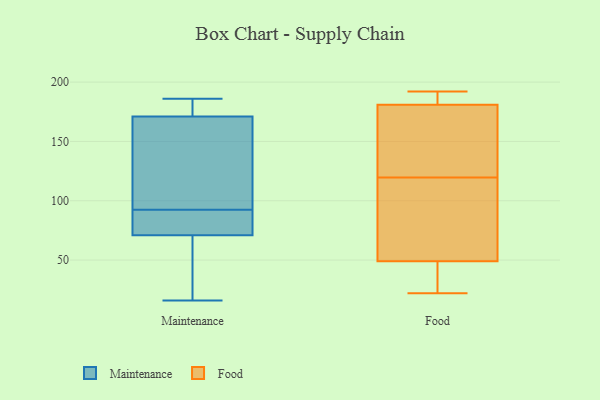
{"axis": {"x": "LTV (USD)", "y": "Value"}, "legend": ["Food", "Maintenance"], "data": [{"x": "", "y": 186, "type": "Maintenance"}, {"x": "", "y": 37, "type": "Maintenance"}, {"x": "", "y": 16, "type": "Maintenance"}, {"x": "", "y": 95, "type": "Maintenance"}, {"x": "", "y": 86, "type": "Maintenance"}, {"x": "", "y": 174, "type": "Maintenance"}, {"x": "", "y": 159, "type": "Maintenance"}, {"x": "", "y": 171, "type": "Maintenance"}, {"x": "", "y": 71, "type": "Maintenance"}, {"x": "", "y": 90, "type": "Maintenance"}, {"x": "", "y": 154, "type": "Food"}, {"x": "", "y": 49, "type": "Food"}, {"x": "", "y": 29, "type": "Food"}, {"x": "", "y": 192, "type": "Food"}, {"x": "", "y": 108, "type": "Food"}, {"x": "", "y": 22, "type": "Food"}, {"x": "", "y": 181, "type": "Food"}, {"x": "", "y": 125, "type": "Food"}, {"x": "", "y": 189, "type": "Food"}, {"x": "", "y": 114, "type": "Food"}]}